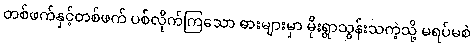
တစ်ဖက်နှင့်တစ်ဖက် ပစ်လိုက်ကြသော ဓားများမှာ မိုးရွာသွန်းသကဲ့သို့ မရပ်မစဲ